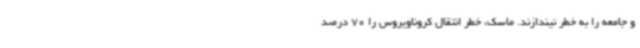
و جامعه را به خطر نیندازند. ماسک، خطر انتقال کروناویروس را 70 درصد